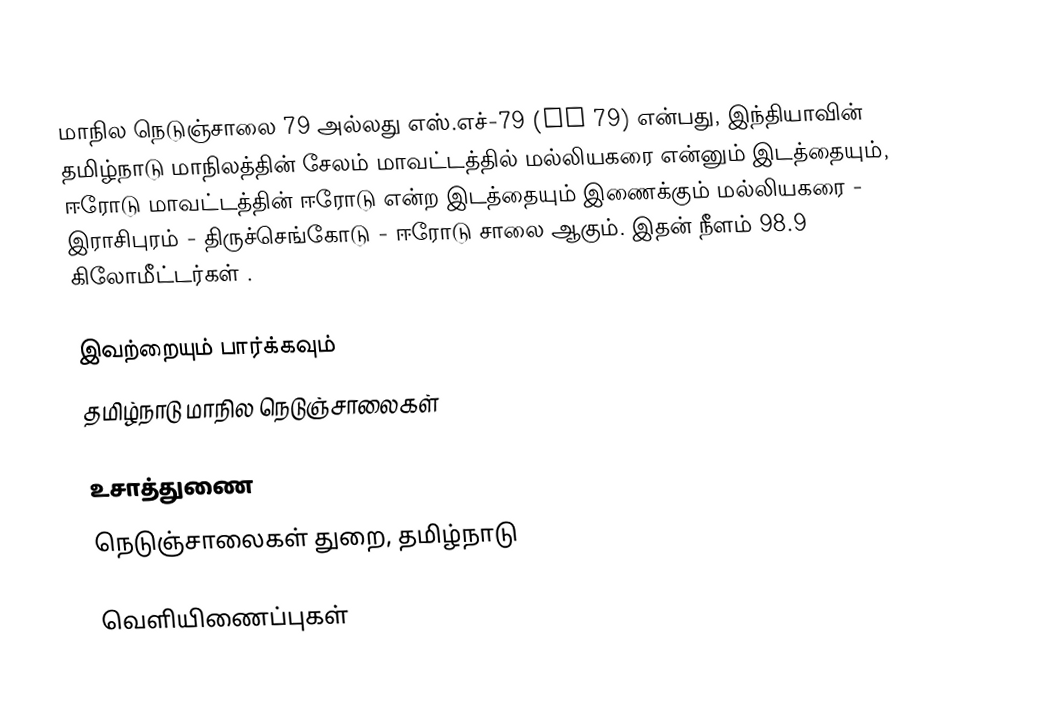
மாநில நெடுஞ்சாலை 79 அல்லது எஸ்.எச்-79 (SH 79) என்பது, இந்தியாவின் தமிழ்நாடு மாநிலத்தின் சேலம் மாவட்டத்தில் மல்லியகரை என்னும் இடத்தையும், ஈரோடு மாவட்டத்தின் ஈரோடு என்ற இடத்தையும் இணைக்கும் மல்லியகரை - இராசிபுரம் - திருச்செங்கோடு - ஈரோடு சாலை ஆகும். இதன் நீளம் 98.9  கிலோமீட்டர்கள் .

இவற்றையும் பார்க்கவும்
 தமிழ்நாடு மாநில நெடுஞ்சாலைகள்

உசாத்துணை
 நெடுஞ்சாலைகள் துறை, தமிழ்நாடு

வெளியிணைப்புகள்